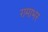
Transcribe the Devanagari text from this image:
रामाभर